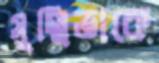
সুস্মিতাকে